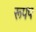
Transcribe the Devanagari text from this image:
रूपप